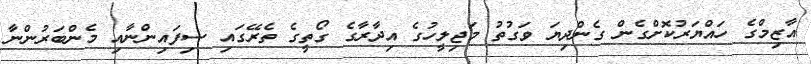
އާޒިމްގެ ހައްޔަރުކޮށްގެން ގެންދިޔަ ވަގުތު މަޖިލީހުގެ އިދާރާގެ ގޯތީގެ ތެރޭގައި ސިފައިންނާއި މެންބަރުންނާ